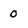
Character: 0